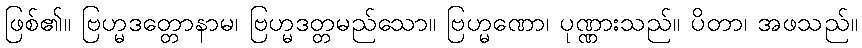
ဖြစ်၏။ ဗြဟ္မဒတ္တောနာမ၊ ဗြဟ္မဒတ္တမည်သော။ ဗြဟ္မဏော၊ ပုဏ္ဏားသည်။ ပိတာ၊ အဖသည်။